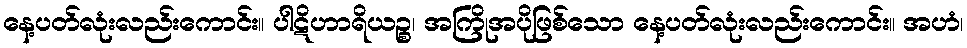
နေ့ပတ်လုံးလည်းကောင်း။ ပါဋိဟာရိယဉ္စ၊ အကြိုအပိုဖြစ်သော နေ့ပတ်လုံးလည်းကောင်း။ အဟံ၊